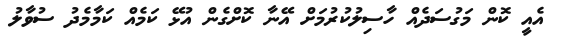
އެއީ ކޮން މަގުސަދެއް ހާސިލުކުރުމަށް އޭނާ ކޮށްގެން އުޅޭ ކަމެއް ކަމާމެދު ސުވާލު